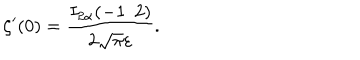
LaTeX: \zeta ^ { \prime } ( 0 ) = \frac { I _ { 2 \alpha } ( - 1 / 2 ) } { 2 \sqrt \pi \varepsilon } { . }